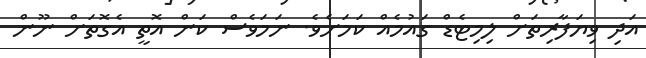
އަދި ވިޔަފާރިތަށް ލިމިޓެޑް ގައުމެއް ކަމަށެވެ. ނަމަވެސް ކަން އޮތީ އެގޮތަށް ނޫން